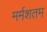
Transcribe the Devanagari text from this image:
मर्मशतम